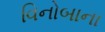
વિનોબાના